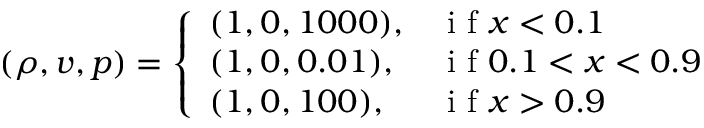
( \rho , v , p ) = \left\{ \begin{array} { l l } { ( 1 , 0 , 1 0 0 0 ) , } & { \mathrm { ~ i ~ f ~ } x < 0 . 1 } \\ { ( 1 , 0 , 0 . 0 1 ) , } & { \mathrm { ~ i ~ f ~ } 0 . 1 < x < 0 . 9 } \\ { ( 1 , 0 , 1 0 0 ) , } & { \mathrm { ~ i ~ f ~ } x > 0 . 9 } \end{array} \right.